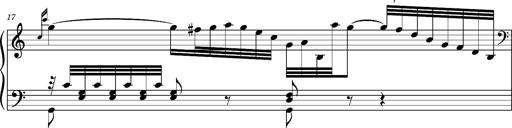
Title: Ungarischer Romanzero
Composer: Franz Liszt